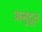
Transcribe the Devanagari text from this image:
अनुदूत